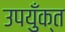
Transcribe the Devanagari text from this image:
उपयुँक्त